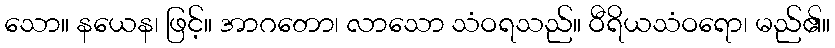
သော။ နယေန၊ ဖြင့်။ အာဂတော၊ လာသော သံဝရသည်။ ဝီရိယသံဝရော၊ မည်၏။